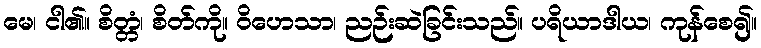
မေ၊ ငါ၏။ စိတ္တံ၊ စိတ်ကို။ ဝိဟေသာ၊ ညဉ်းဆဲခြင်းသည်။ ပရိယာဒါယ၊ ကုန်စေ၍။